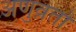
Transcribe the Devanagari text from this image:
अणुव्रतों